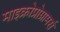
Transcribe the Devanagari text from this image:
माइक्रोप्रोग्रामर्स